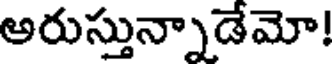
అరుస్తున్నాడేమో!